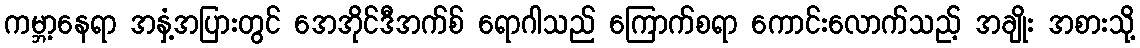
ကမ္ဘာ့နေရာ အနှံ့အပြားတွင် အေအိုင်ဒီအက်စ် ရောဂါသည် ကြောက်စရာ ကောင်းလောက်သည့် အချိုး အစားသို့